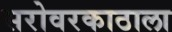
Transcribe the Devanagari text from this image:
सरोवरकाठाला